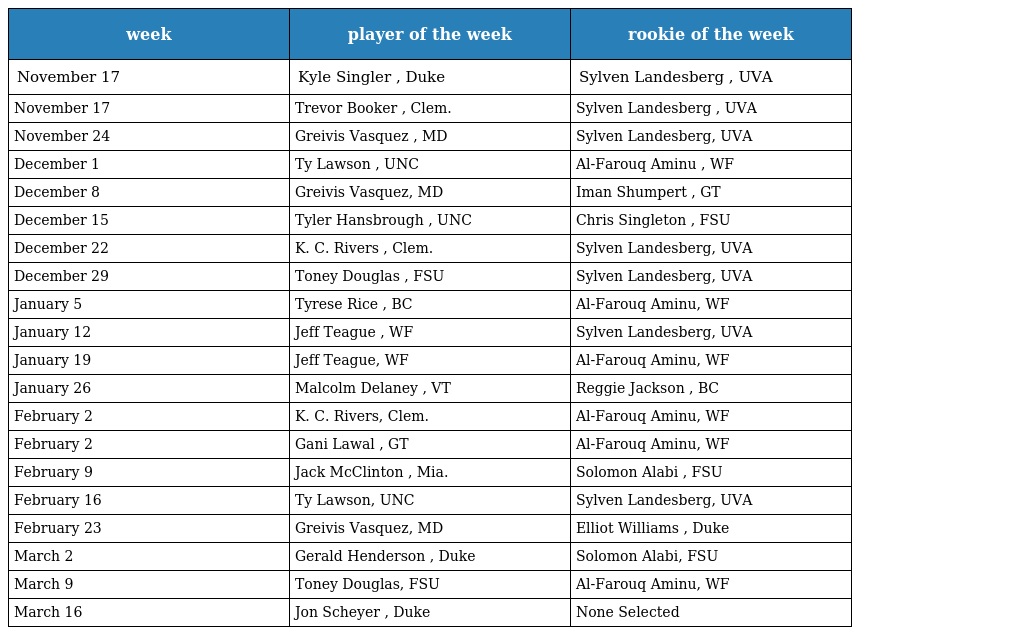
| week | player of the week | rookie of the week |
 | --- | --- | --- |
 | November 17 | Kyle Singler , Duke | Sylven Landesberg , UVA |
 | November 17 | Trevor Booker , Clem. | Sylven Landesberg , UVA |
 | November 24 | Greivis Vasquez , MD | Sylven Landesberg, UVA |
 | December 1 | Ty Lawson , UNC | Al-Farouq Aminu , WF |
 | December 8 | Greivis Vasquez, MD | Iman Shumpert , GT |
 | December 15 | Tyler Hansbrough , UNC | Chris Singleton , FSU |
 | December 22 | K. C. Rivers , Clem. | Sylven Landesberg, UVA |
 | December 29 | Toney Douglas , FSU | Sylven Landesberg, UVA |
 | January 5 | Tyrese Rice , BC | Al-Farouq Aminu, WF |
 | January 12 | Jeff Teague , WF | Sylven Landesberg, UVA |
 | January 19 | Jeff Teague, WF | Al-Farouq Aminu, WF |
 | January 26 | Malcolm Delaney , VT | Reggie Jackson , BC |
 | February 2 | K. C. Rivers, Clem. | Al-Farouq Aminu, WF |
 | February 2 | Gani Lawal , GT | Al-Farouq Aminu, WF |
 | February 9 | Jack McClinton , Mia. | Solomon Alabi , FSU |
 | February 16 | Ty Lawson, UNC | Sylven Landesberg, UVA |
 | February 23 | Greivis Vasquez, MD | Elliot Williams , Duke |
 | March 2 | Gerald Henderson , Duke | Solomon Alabi, FSU |
 | March 9 | Toney Douglas, FSU | Al-Farouq Aminu, WF |
 | March 16 | Jon Scheyer , Duke | None Selected |